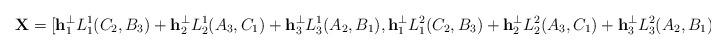
LaTeX: \begin{align*}\mathbf{X}=[\mathbf{h}_1^{\perp}L_1^1(C_2,B_3)+\mathbf{h}_2^{\perp}L_2^1(A_3,C_1)+\mathbf{h}_3^{\perp}L_3^1(A_2,B_1), \mathbf{h}_1^{\perp}L_1^2(C_2,B_3)+\mathbf{h}_2^{\perp}L_2^2(A_3,C_1)+\mathbf{h}_3^{\perp}L_3^2(A_2,B_1) ].\end{align*}